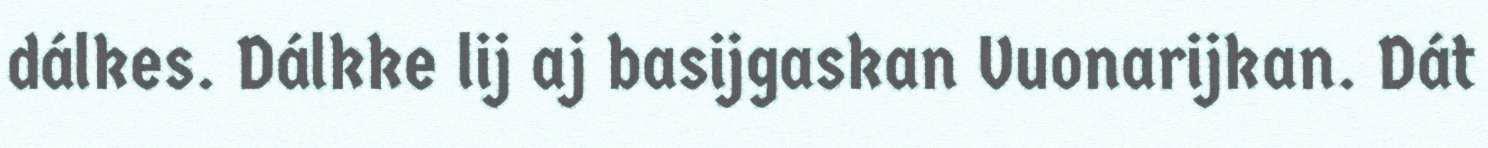
dálkes. Dálkke lij aj basijgaskan Vuonarijkan. Dát